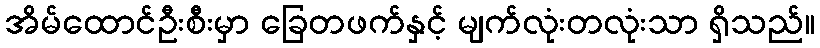
အိမ်ထောင်ဦးစီးမှာ ခြေတဖက်နှင့် မျက်လုံးတလုံးသာ ရှိသည်။